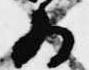
為